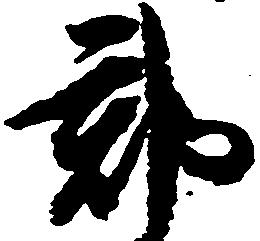
郡